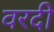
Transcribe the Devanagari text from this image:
वरदी